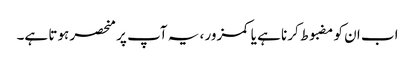
اب ان کو مضبوط کرنا ہے یا کمزور ، یہ آپ پر منحصر ہوتا ہے۔